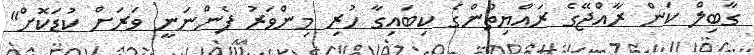
ގާބިލް ކަން ރާއްޖޭގެ ރައްޔިތުންގެ ކިބައިގާ ހުރި މިންވަރު ފެންނަނީ ވަރަށް ކުޑަކޮށް"